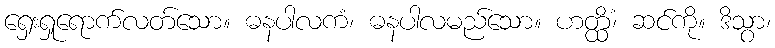
ရှေးရှုရောက်လတ်သော။ ဓနပါလကံ၊ ဓနပါလမည်သော။ ဟတ္ထိံ၊ ဆင်ကို။ ဒိသွာ၊